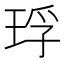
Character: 琈